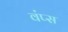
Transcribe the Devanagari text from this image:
वंप्स